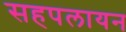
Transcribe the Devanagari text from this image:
सहपलायन